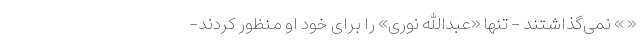
« » نمی‌گذاشتند - تنها «عبدالله نوری» را برای خود او منظور کردند-